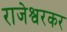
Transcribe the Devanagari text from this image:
राजेश्वरकर